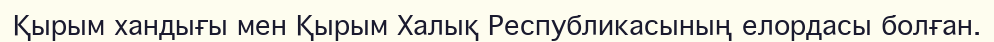
Қырым хандығы мен Қырым Халық Республикасының елордасы болған.